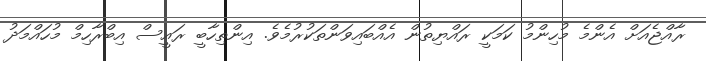
ރާއްޖެއަށް އެންމެ މުހިންމު ކަމަކީ ރައްޔިތުން އެއްބައިވަންތަކުރުމެވެ. އިންތިހާބީ ރައީސް އިބްރާހިމް މުހައްމަދު